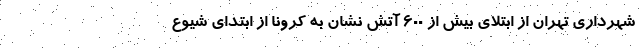
شهرداری تهران از ابتلای بیش از ۶٠٠ آتش نشان به کرونا از ابتدای شیوع